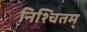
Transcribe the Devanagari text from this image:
निश्चितम्